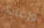
وإعادة